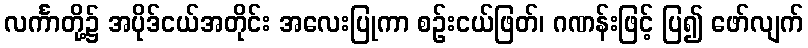
လင်္ကာတို့၌ အပိုဒ်ငယ်အတိုင်း အလေးပြုကာ စဉ်းငယ်ဖြတ်၊ ဂဏန်းဖြင့် ပြ၍ ဖော်လျက်